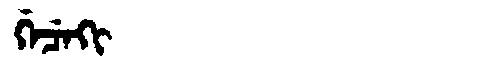
Manchu: ᡤᡝᠴᡝᡴᡳ
Romanization: GECEKI